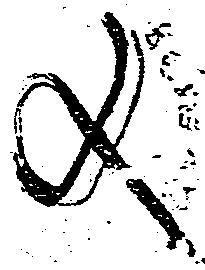
文